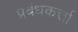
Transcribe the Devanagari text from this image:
प्रबंधकर्त्ता